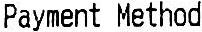
PAYMENT METHOD